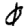
Digit: 0